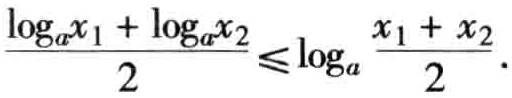
\(\frac{\log_{a}x_{1}+\log_{a}x_{2}}{2}\leqslant\log_{a}\frac{x_{1}+x_{2}}{2}\)